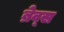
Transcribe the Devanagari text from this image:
ब्रेव्स